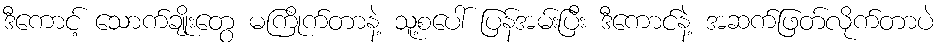
ဒီကောင့် သောက်ချိုးတွေ မကြိုက်တာနဲ့ သူ့စပေါ် ပြန်အမ်းပြီး ဒီကောင်နဲ့ အဆက်ဖြတ်လိုက်တာပဲ